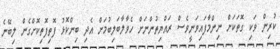
ކުރިން ވަކި ގޮތަކަށް ނިންމާފައިވަނީވެސް ރައްޔިތުންނަށް ހެވާލާބަލިބުމަށް އެދި ބިންކޮޅު ފޮތިފޮތިކޮށްގެން ލިބޭނެ